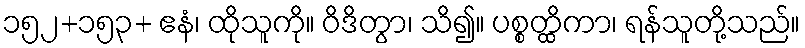
၁၅၂+၁၅၃+ ဧနံ၊ ထိုသူကို။ ဝိဒိတွာ၊ သိ၍။ ပစ္စတ္ထိကာ၊ ရန်သူတို့သည်။